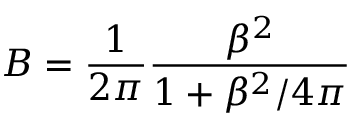
B = \frac { 1 } { 2 \pi } \frac { \beta ^ { 2 } } { 1 + \beta ^ { 2 } / 4 \pi }